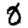
Digit: 0